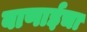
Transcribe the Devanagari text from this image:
बाणाईचा